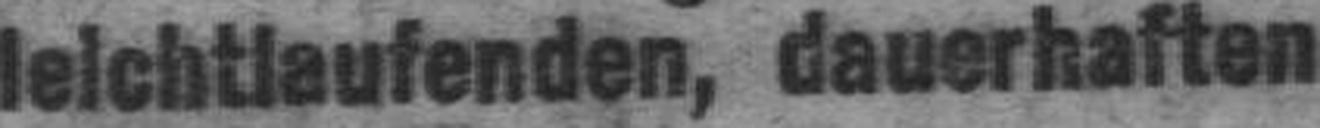
leichtlaufenden, dauerhaften